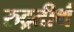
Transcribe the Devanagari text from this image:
रुद्रतीर्थ